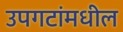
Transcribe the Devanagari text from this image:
उपगटांमधील